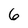
Character: 6